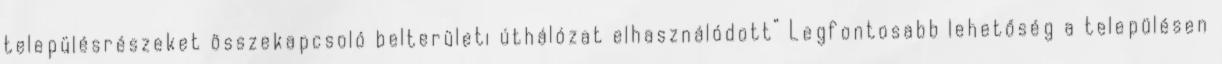
településrészeket összekapcsoló belterületi úthálózat elhasználódott” Legfontosabb lehetőség a településen